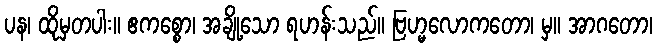
ပန၊ ထိုမှတပါး။ ဧကစ္စော၊ အချို့သော ရဟန်းသည်။ ဗြဟ္မလောကတော၊ မှ။ အာဂတော၊